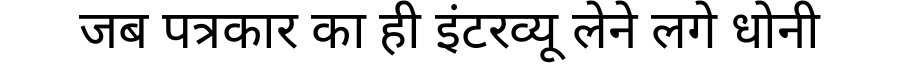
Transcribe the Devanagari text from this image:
जब पत्रकार का ही इंटरव्यू लेने लगे धोनी